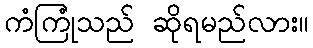
ကံကြုံသည် ဆိုရမည်လား။